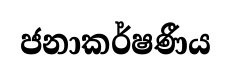
ජනාකර්ෂණීය